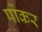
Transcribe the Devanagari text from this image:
पोंकर